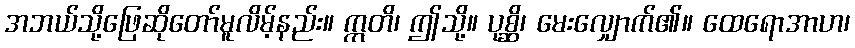
အဘယ်သို့ဖြေဆိုတော်မူလိမ့်နည်း။ ဣတိ၊ ဤသို့။ ပုစ္ဆိ၊ မေးလျှောက်၏။ ထေရောအာဟ၊